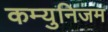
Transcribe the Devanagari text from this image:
कम्युनिजम